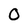
Character: 0